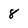
Character: 8